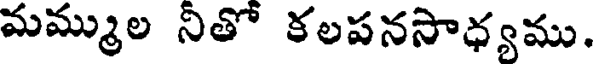
మమ్ముల నితో కలపనసాధ్యము.